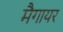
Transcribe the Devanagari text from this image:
मैगायर